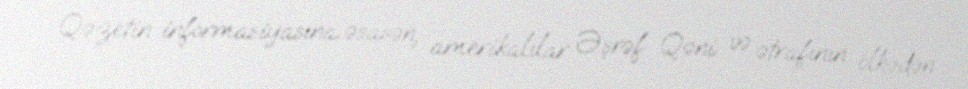
Qəzetin informasiyasına əsasən, amerikalılar Əşrəf Qəni və ətrafının ölkədən